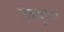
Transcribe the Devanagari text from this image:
उक्तयुक्तार